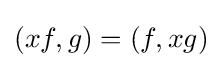
(xf,g)=(f,xg)